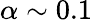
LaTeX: \alpha\sim 0.1